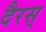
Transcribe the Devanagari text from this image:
दैरस्